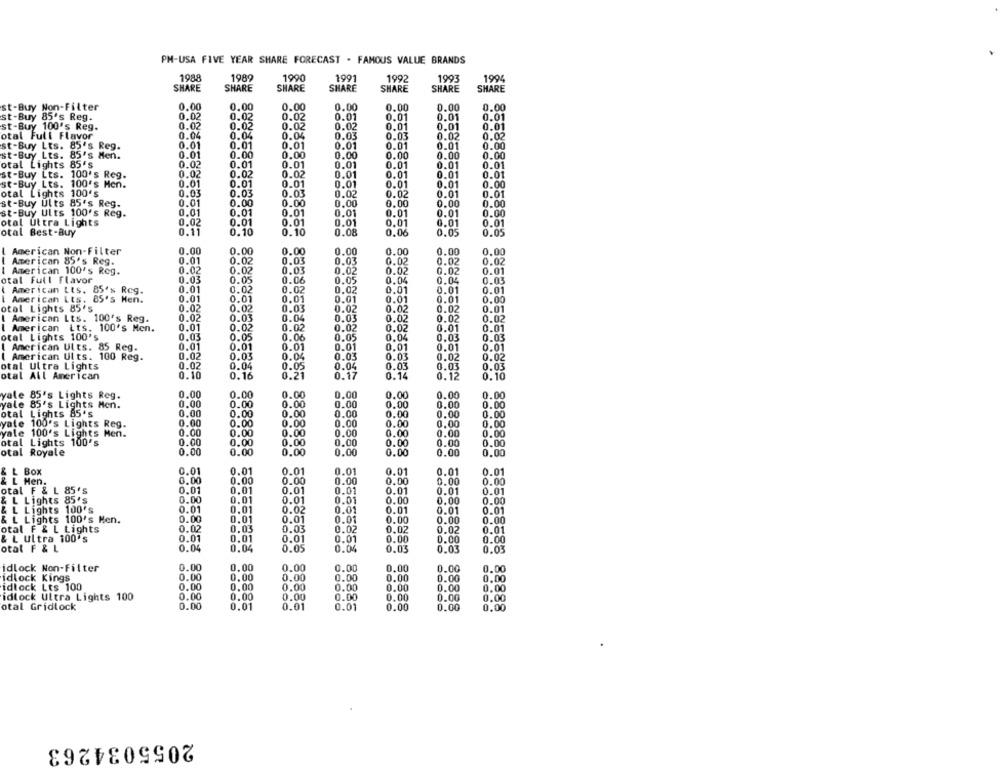
PM-USA FIVE YEAR SHARE FORECAST . FAMOUS VALUE BRANDS
1988
1989
1990
1991
1993
1992
1994
SHARE
SHARE
SHARE
SHARE
SHARE
SHARE
SHARE
st-Buy Non-Filter
0.00
0.00
0.00
0.00
0.00
0.00
0.00
st-Buy 85's Reg.
0.02
0.02
0.01
0.01
0.01
0.01
0.02
0.02
0.01
st-Buy 100's Reg.
0.02
0.02
0.02
0.01
0.01
otal Full Flavor
0.04
0.04
0.04
0.03
0.03
0.02
0.02
st-Buy Lts. 85's Reg.
0.01
0.01
0.01
0.01
0.01
0.01
0.00
st-Buy Lts. 85's Men.
0.00
0.00
0.00
0.00
0.00
0.00
0.01
otal Lights 85's
0.02
0.01
0.01
0.01
0.01
0.01
0.01
st-Buy Lts. 100's Reg.
0.02
0.02
0.02
0.01
0.01
0.01
0.01
st-Buy Lts. 100's Men.
0.01
0.01
0.01
0.01
0.01
0.01
0.00
otal Lights 100's
0.03
0.03
0.03
0.02
0.02
0.01
0.01
0.00
0.00
0.00
0.00
st-Buy Ults 85's Reg.
0.01
0.00
0,00
st-Buy Ults 100's Reg.
0.01
0.01
0.01
0.01
0.01
0.01
0.00
otal Ultra Lights
0,02
0.01
0.01
0.01
0.01
0.01
0.01
otal Best-Buy
0.11
0.10
0.10
0.08
0,06
0.05
0.05
American Non-Filter
0.00
0.00
0.00
0.00
0.00
0.00
0.00
American 85's Reg.
0.01
0.02
0.03
0.03
0.02
0.02
0.02
I American 100's Reg.
0.02
0.02
0.03
0.02
0.02
0.02
0.01
otal Full Flavor
0.03
0.05
0.05
0.06
0.04
0.04
0.05
American Lts. 85's Reg.
0.01
0.02
0.02
0.02
0.01
0.01
0.01
I American Lts. 85's Hen.
0.01
0.01
0.01
0.01
0.01
0.01
0.00
otal Lights 85's
0.02
0.02
0.03
0.02
0.02
0.02
0.01
I American Lts. 100's Reg.
0.02
0.03
0.04
0.03
0.02
0.02
0.02
I American its. 100's Men.
0.01
0.02
0.02
0.02
0.02
0.01
0.01
otal Lights 100's
0.03
0.05
0.06
0.05
0.04
0.03
0.03
I American Ults. 85 Reg.
0.01
0.01
0.01
0.01
0.01
0.01
0.01
( American Ults. 100 Reg.
0.02
0.03
0.04
0.03
0.03
0.02
0.02
otal Ultra Lights
0.02
0.04
0.05
0.04
0.03
0.03
0.03
otal All American
0.10
0.16
0.21
0.17
0.14
0.12
0.10
yale 85's Lights Reg.
0.00
0.00
0.00
0.00
0.00
0.00
0.00
yale 85's Lights Mon.
0.00
0.00
0.00
0.00
0.00
0.00
0.00
otal Lights 85's
0.00
0.00
0.00
0.00
0.00
0.00
0.00
yate 100's Lights Reg.
0.00
0.00
0.00
0.00
0.00
0.00
0.00
yale 100's Lights Men.
0.00
0.00
0.00
0.00
0.00
0.00
0.00
otal Lights 100's
0.00
0.00
0.00
0.00
0.00
0.00
0.00
otal Royale
0.00
0.00
0.00
0.00
0.00
0.00
0.00
& L BOX
0.01
0.01
0.01
0.01
0.01
0.01
0.01
0.00
0.00
& L Men.
0.00
0.00
0.00
0.00
0.00
otal F & L 85's
0.01
0.01
0.01
0.01
0.01
0.01
0.01
& L Lights 85's
0.00
0.01
0.01
0.01
0.00
0.00
0.00
& L Lights 100's
0.01
0.01
0.02
0.01
0.01
0.01
0.01
& L Lights 100's Men.
0.00
0.01
0.01
0.00
0.00
0.00
0.01
otal F & L Lights
0.02
0.03
0.03
0.02
0.02
0.02
0.01
& L ultra 100's
0.01
0.01
0.01
0.01
0.00
0.00
0.00
otal F & L
0.04
0.04
0.05
0.04
0.03
0.03
0.0.
idlock Non-Filter
0.00
0.00
0.00
0.00
0.00
0.00
0.00
idlock Kings
0.00
0.00
0.00
0.00
0.00
0.00
0.00
idlock Lts 100
0.00
0.00
0.00
0.00
0.00
0.00
0.00
0.00
0.00
0.00
0.00
0.00
0.00
idlock Ultra Lights 100
0.00
otal Gridlock
0.00
0.01
0.01
0.01
0.00
0.00
0.00
2055034263